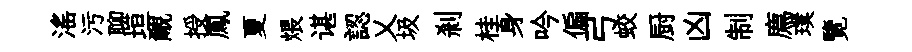
滛污聊垣覼授鳳夏煨谌認乂圾剎桂身吟偏弓蛟厨凶制廌璞覽